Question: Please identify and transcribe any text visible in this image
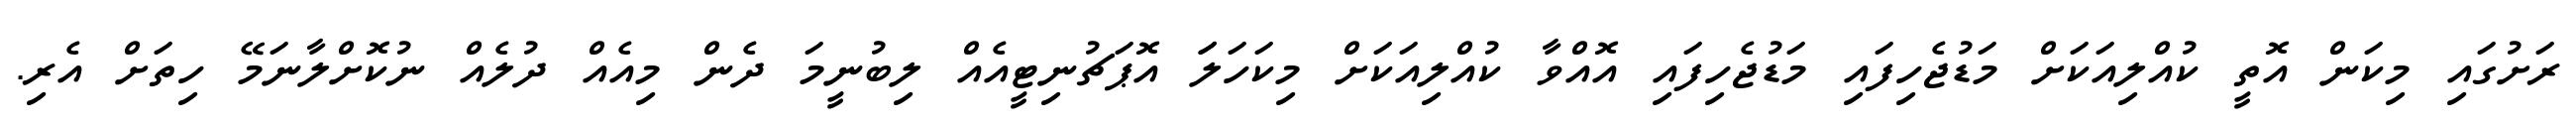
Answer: ރަށުގައި މިކަން އޮތީ ކުއްލިއަކަށް މަޑުޖެހިފައި މަޑުޖެހިފައި އޮއްވާ ކުއްލިއަކަށް މިކަހަލަަ އޮޕަޗުނިޓީއެއް ލިބުނީމަ ދެން މިއެއް ދުލެއް ނުކޮށްލާނަމޭ ހިތަށް އެރި.